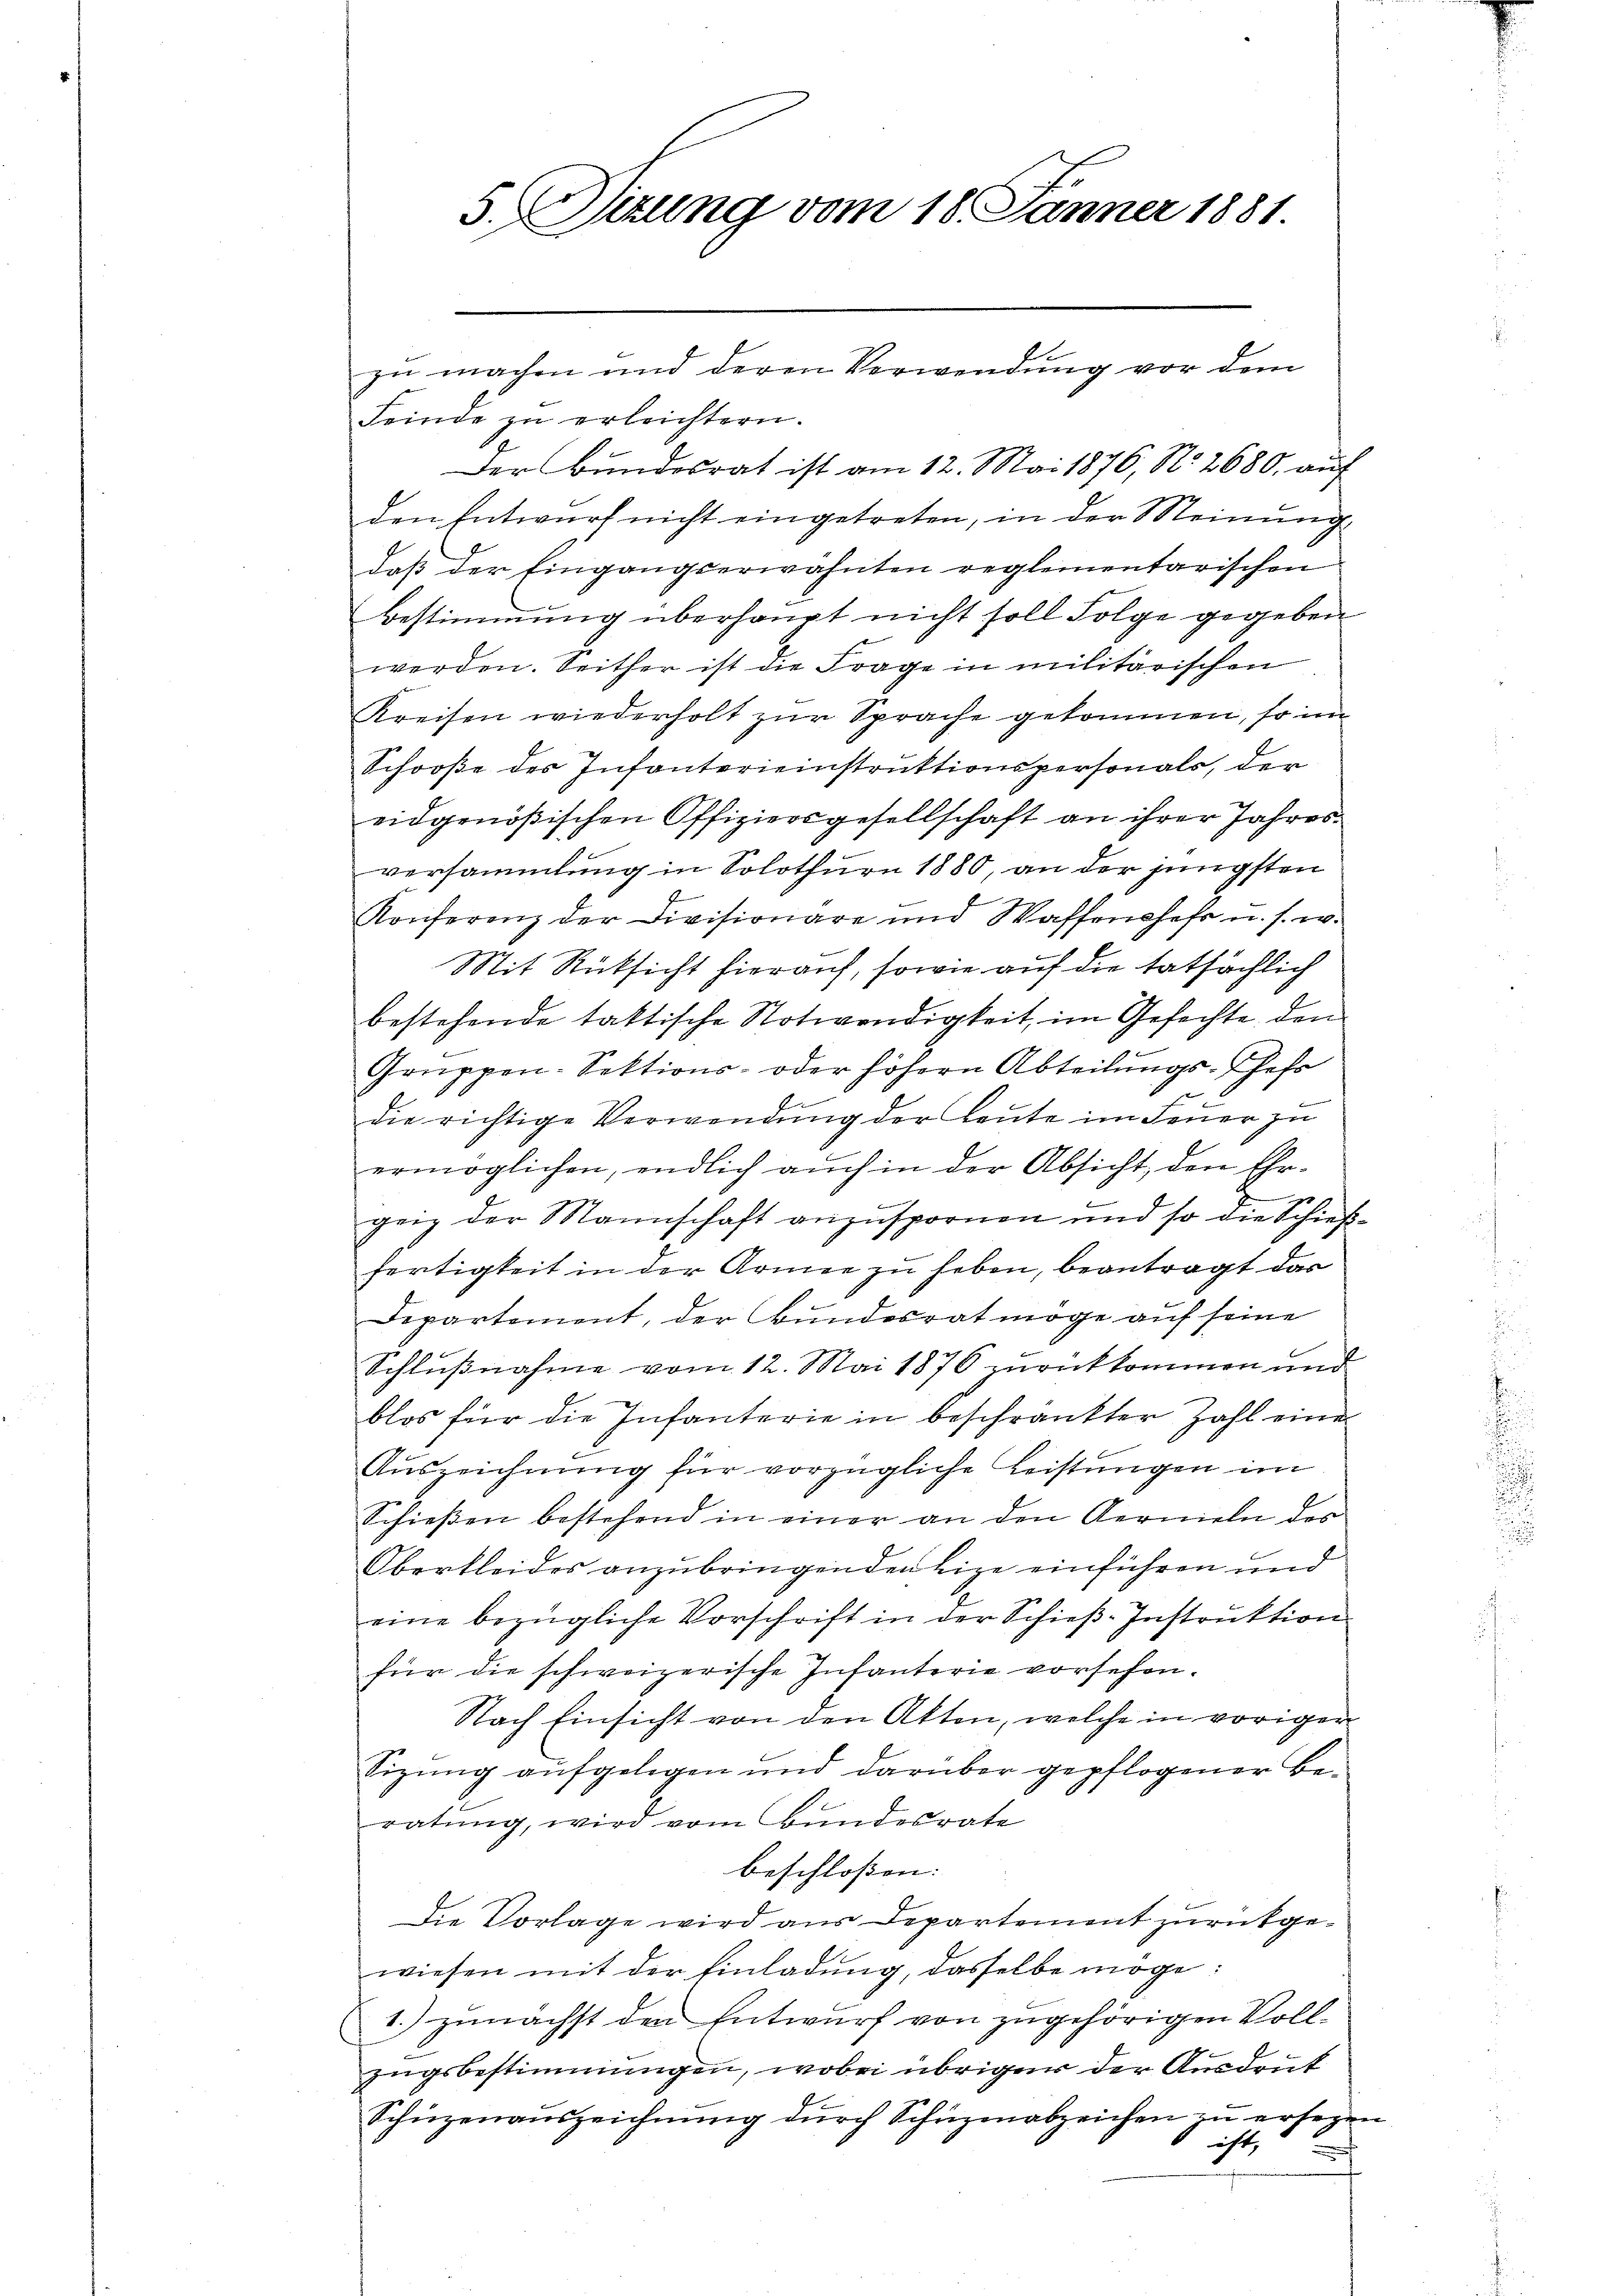
Feinde zu erleichtern.
Der Bundesrat ist am 12. Mai 1876, N. 2680. auf
den Entwurf nicht eingetreten, in der Meinung
daß der Eingangserwähnten reglementarischen
Bestimmung überhaupt nicht soll Folge gegeben
werden. Seither ist die Frage in militärischen
Kreisen wiederholt zur Sprache gekommen, so im
Schooße des Infanterieinstruktionspersonals, der
eidgenößischen Offiziersgesellschaft an ihrer Jahres
versammlung in Solothurn 1880, an der jüngsten
Konferenz der Divisionare und Waffenshefs u. s. w.
Mit Rücksicht hierauf, sowie auf die tatsächlich
bestehende taktische Notwendigkeit, im Gefechte den
Gruppen-Sektions- oder höhern Abteilungs-Chefs
die richtige Verwendung der Leute im Feuer zu
ermöglichen, endlich auch in der Absicht, den Ehrx
geiz der Mannschaft anzuspornen und so die Schießfertigkeit in der Armee zu heben, beantragt dar
Departement, der Bundesrat möge auf seine
Schlußnahme vom 12. Mai 1876 zankkommen und
blos für die Infanterie in beschränkter Zahl eine
Auszeichnung für vorzügliche Leistungen im
Schießen bestehend in einer an den Kerneln des
Oberkleides anzubringenden Lize einführen und
eine bezügliche Vorschrift in der Schieβ-Instruktion
für die schweizerische Infanterie vorsehen.
Nach Einsicht von den Akten, welche in voriger
Sizung aufgelegen und darüber gepflogener Beratung, wird vom Bundesrate
beschloßen:
Die Vorlage wird aus Departement zurückgewiesen mit der Einladung, dasselbe möge:
1.) zunächst den Entwurf von zugehörigen Vollzugsbestimmungen, wobei übriger der Ausdruk
Schüzenauszeichnung durch Schüzenabzeichen zu erseyn
icht,

5. Sizung vom 18. Jänner 1881.

zu machen und deren Verwendung vor dem

e